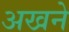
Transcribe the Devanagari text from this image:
अखने